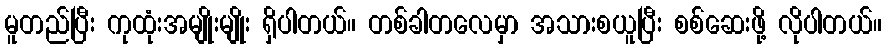
မူတည်ပြီး ကုထုံးအမျိုးမျိုး ရှိပါတယ်။ တစ်ခါတလေမှာ အသားစယူပြီး စစ်ဆေးဖို့ လိုပါတယ်။